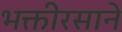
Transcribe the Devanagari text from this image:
भक्तीरसाने